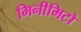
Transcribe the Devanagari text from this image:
मिनीमिटो